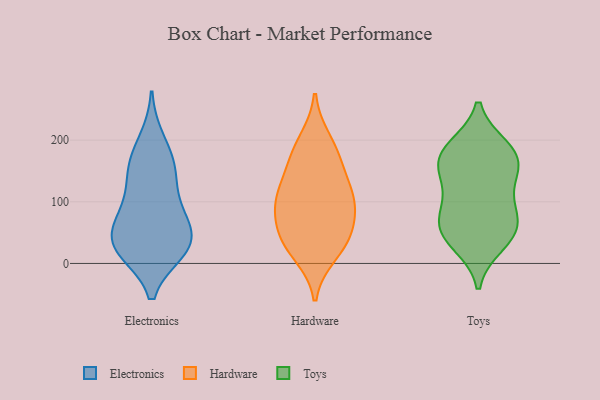
{"axis": {"x": "Temperature (°C)", "y": "Value"}, "legend": ["Electronics", "Hardware", "Toys"], "data": [{"x": "", "y": 21, "type": "Electronics"}, {"x": "", "y": 200, "type": "Electronics"}, {"x": "", "y": 101, "type": "Electronics"}, {"x": "", "y": 24, "type": "Electronics"}, {"x": "", "y": 160, "type": "Electronics"}, {"x": "", "y": 74, "type": "Electronics"}, {"x": "", "y": 38, "type": "Electronics"}, {"x": "", "y": 34, "type": "Electronics"}, {"x": "", "y": 148, "type": "Electronics"}, {"x": "", "y": 21, "type": "Electronics"}, {"x": "", "y": 155, "type": "Electronics"}, {"x": "", "y": 84, "type": "Electronics"}, {"x": "", "y": 48, "type": "Electronics"}, {"x": "", "y": 32, "type": "Hardware"}, {"x": "", "y": 93, "type": "Hardware"}, {"x": "", "y": 171, "type": "Hardware"}, {"x": "", "y": 199, "type": "Hardware"}, {"x": "", "y": 16, "type": "Hardware"}, {"x": "", "y": 121, "type": "Hardware"}, {"x": "", "y": 168, "type": "Hardware"}, {"x": "", "y": 48, "type": "Hardware"}, {"x": "", "y": 43, "type": "Hardware"}, {"x": "", "y": 107, "type": "Hardware"}, {"x": "", "y": 111, "type": "Hardware"}, {"x": "", "y": 79, "type": "Hardware"}, {"x": "", "y": 76, "type": "Toys"}, {"x": "", "y": 151, "type": "Toys"}, {"x": "", "y": 188, "type": "Toys"}, {"x": "", "y": 184, "type": "Toys"}, {"x": "", "y": 148, "type": "Toys"}, {"x": "", "y": 32, "type": "Toys"}, {"x": "", "y": 48, "type": "Toys"}, {"x": "", "y": 88, "type": "Toys"}, {"x": "", "y": 162, "type": "Toys"}, {"x": "", "y": 178, "type": "Toys"}, {"x": "", "y": 110, "type": "Toys"}, {"x": "", "y": 60, "type": "Toys"}, {"x": "", "y": 47, "type": "Toys"}]}